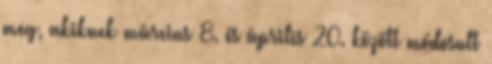
meg, akiknek március 8. és április 20. között módosult